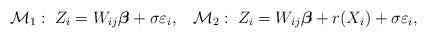
LaTeX: \begin{align*}\mathcal{M}_{1}: \; Z_{i}= W_{ij} \boldsymbol{\beta} + \sigma \varepsilon_{i}, \;\;\; \mathcal{M}_{2}: \; Z_{i}= W_{ij} \boldsymbol{\beta} + r(X_{i})+ \sigma \varepsilon_{i},\end{align*}